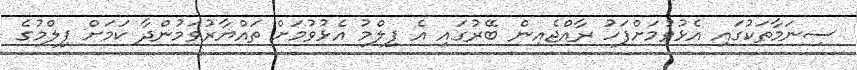
ސިނަމާތަކުގައި އެޅުވުމަށްފަހު ރާއްޖެއިން ބޭރުގައި އެ ފިލްމު އެޅުވުމަށް ތައްޔާރުވަމުންދާ ކަަމަށް ފިލްމުގެ